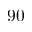
9 0